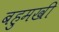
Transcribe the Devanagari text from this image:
बहुमखी